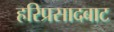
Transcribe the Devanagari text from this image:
हरिप्रसादबाट